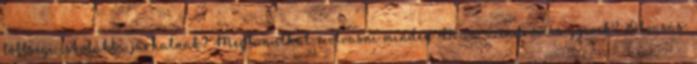
többségi iskolákba járhatnak? Megtanulhat-e olvasni minden Down-szindrómás gyerek? Olvasás: